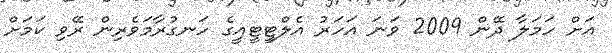
އަށް ހަމަލާ ދޭން 2009 ވަނަ އަހަރު އެލްޓީޓީއީގެ ހަނގުރާމަވެރިން ރޭވި ކަމަށް